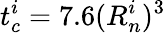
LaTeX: t_{c}^{i}=7.6(R_{n}^{i})^{3}